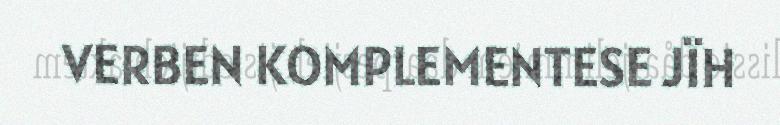
VERBEN KOMPLEMENTESE JÏH